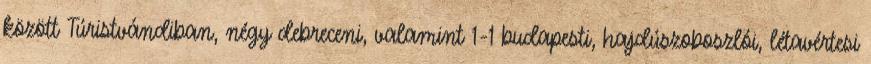
között Túristvándiban, négy debreceni, valamint 1-1 budapesti, hajdúszoboszlói, létavértesi